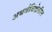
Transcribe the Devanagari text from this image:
अथर्वविद्येतील